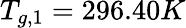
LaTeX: T_{g,1}=296.40K